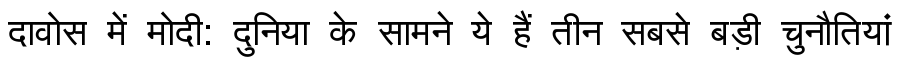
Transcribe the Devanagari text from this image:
दावोस में मोदी: दुनिया के सामने ये हैं तीन सबसे बड़ी चुनौतियां